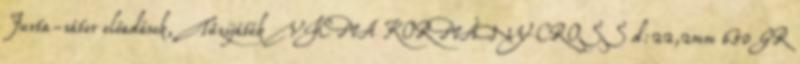
Jurta-sátor előadások, Tűzijáték VICMA KORMÁNY CROSS d:22,2mm 650 GR